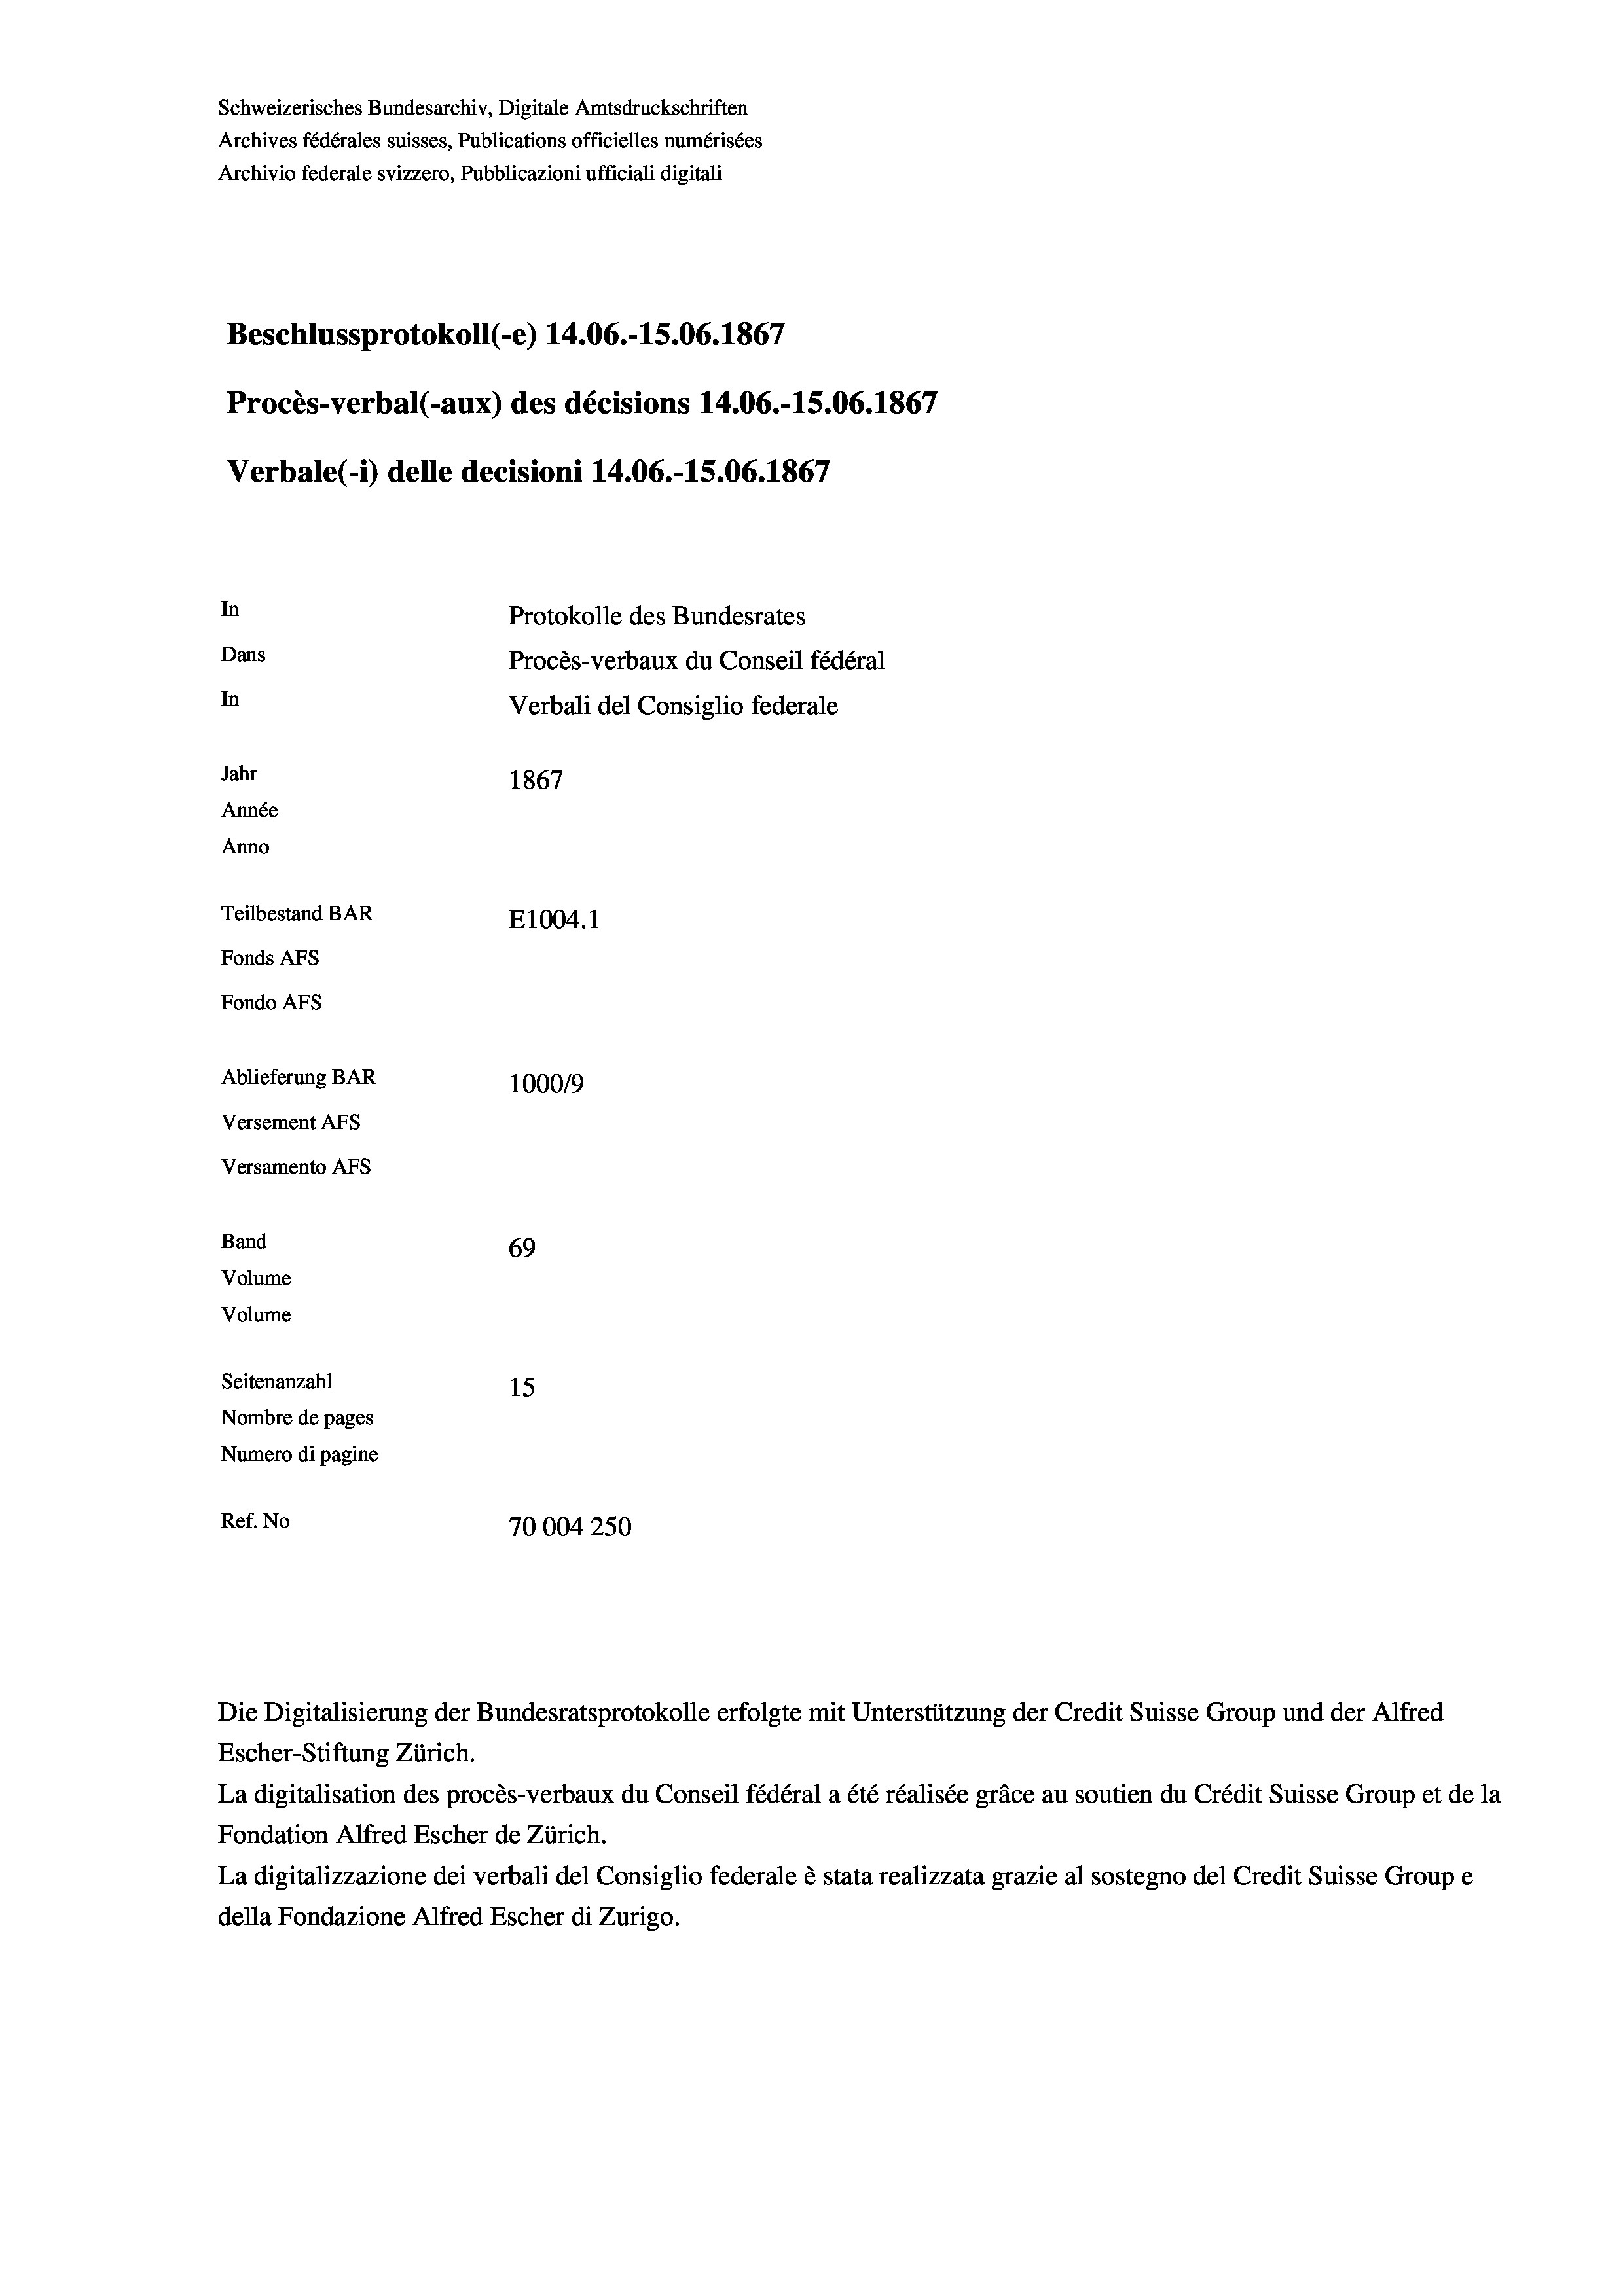
Schweizerisches Bundesarchiv, Digitale Amtsdruckschriften
Archives fédérales suisses, Publications officielles numérisées
Archivio federale svizzero, Pubblicazioni ufficiali digitali
Beschlussprotokoll (-e) 14.06.-15.06. 1867
Procès-verbal (-aux) des décisions 14.06.-15.06. 1867
Verbale (1) delle decisioni 14.06.-15.06. 1867
In
Protokolle des Bundesrates
Dans
Procès-verbaux du Conseil fédéral
In
Verbali del Consiglio federale
Jahr
1867
Année
Anno
Teilbestand BAR
E1004.1
Fonds AFs
Fondo AFs
Ablieferung BAR
1000/9
Versement AFs
Versamento AFs
Band
69
Volume
Volume
Seitenanzahl
15
Nombre de pages
Numero di pagine
Ref. No
70004250

Escher-Stiftung Zürich.
La digitalisation des procès-verbaux du Conseil fédéral a été réalisée gräce au soutien du Crédit Suisse Group et de la
Fondation Alfred Escher de Zürich.
La digitalizzazione dei verbali del Consiglio federale è stata realizzata grazie al sostegno del Credit Suisse Groupe
della Fondazione Alfred Escher di Zurigo.

Die Digitalisierung der Bundesratsprotokolle erfolgte mit Unterstützung der Credit Suisse Group und der Alfred